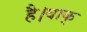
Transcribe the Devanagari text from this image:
है।वाक्